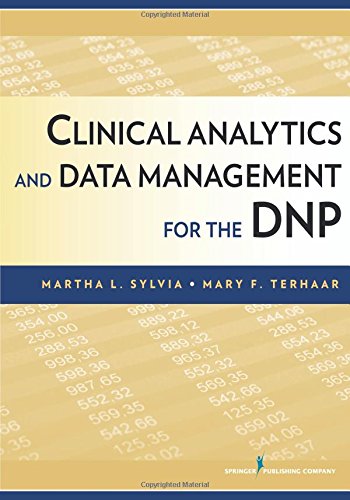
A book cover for Clinical Analytics and Data Management for the DNP; Medical Books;